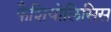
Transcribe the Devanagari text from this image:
फैशियोलिसिस